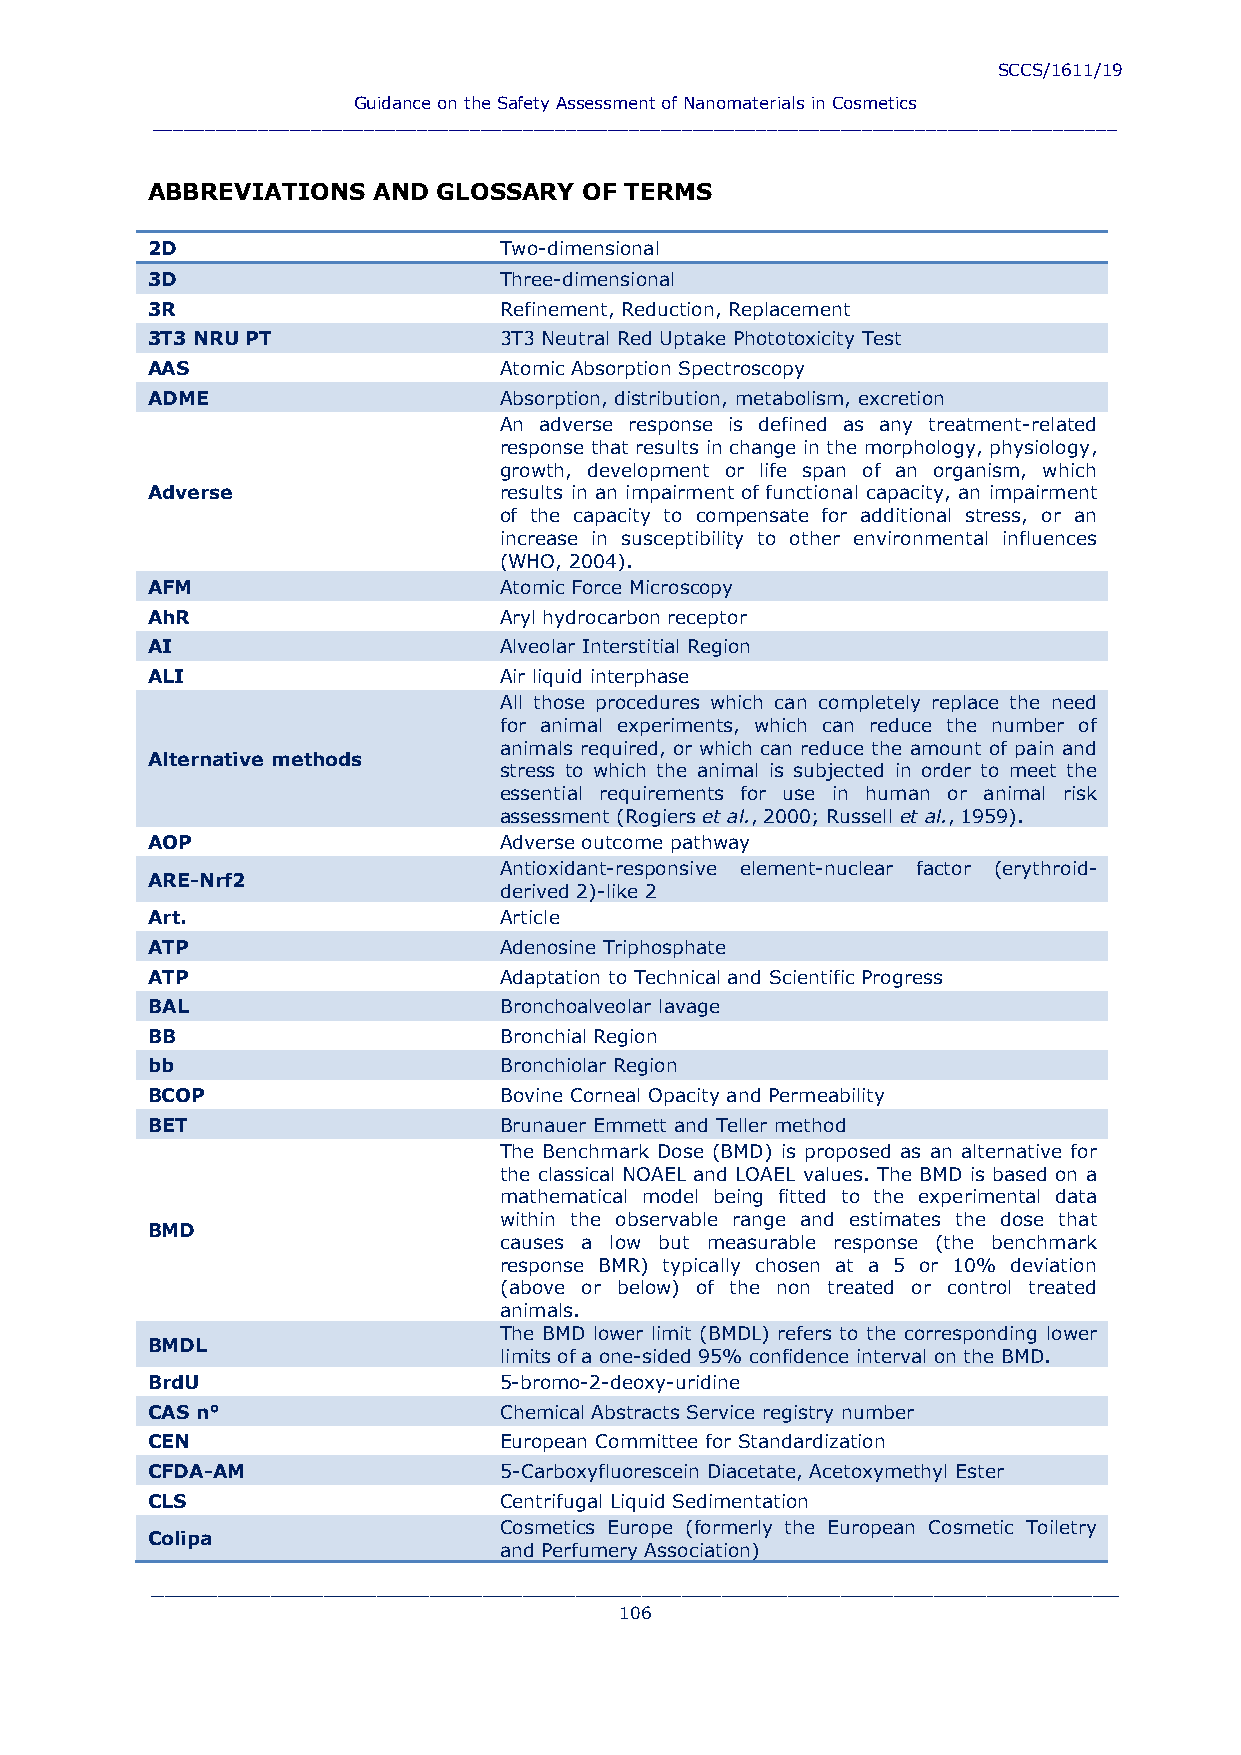
SCCS/1611/19
 Guidance on the Safety Assessment of Nanomaterials in Cosmetics
 ___________________________________________________________________________________________
 ABBREVIATIONS  AND GLOSSARY  OF TERMS
 2D                     Two-dimensional
 3D                     Three-dimensional
 3R                     Refinement, Reduction, Replacement
 3T3 NRU PT             3T3 Neutral Red Uptake Phototoxicity Test
 AAS                    Atomic Absorption Spectroscopy
 ADME                   Absorption, distribution, metabolism, excretion
 An adverse response is defined as any treatment-related
 response that results in change in the morphology, physiology,
 growth, development or life span of an organism, which
 Adverse                results in an impairment of functional capacity, an impairment
 of the capacity to compensate for additional stress, or an
 increase in susceptibility to other environmental influences
 (WHO, 2004).
 AFM                    Atomic Force Microscopy
 AhR                    Aryl hydrocarbon receptor
 AI                     Alveolar Interstitial Region
 ALI                    Air liquid interphase
 All those procedures which can completely replace the need
 for animal experiments, which can reduce the number of
 animals required, or which can reduce the amount of pain and
 Alternative methods
 stress to which the animal is subjected in order to meet the
 essential requirements for use in human or animal risk
 assessment (Rogiers et al., 2000; Russell et al., 1959).
 AOP                    Adverse outcome pathway
 Antioxidant-responsive element-nuclear factor (erythroid-
 ARE-Nrf2
 derived 2)-like 2
 Art.                   Article
 ATP                    Adenosine Triphosphate
 ATP                    Adaptation to Technical and Scientific Progress
 BAL                    Bronchoalveolar lavage
 BB                     Bronchial Region
 bb                     Bronchiolar Region
 BCOP                   Bovine Corneal Opacity and Permeability
 BET                    Brunauer Emmett and Teller method
 The Benchmark Dose (BMD) is proposed as an alternative for
 the classical NOAEL and LOAEL values. The BMD is based on a
 mathematical model being fitted to the experimental data
 within the observable range and estimates the dose that
 BMD
 causes a low but measurable response (the benchmark
 response BMR) typically chosen at a 5 or 10% deviation
 (above or below) of the non treated or control treated
 animals.
 The BMD lower limit (BMDL) refers to the corresponding lower
 BMDL
 limits of a one-sided 95% confidence interval on the BMD.
 BrdU                   5-bromo-2-deoxy-uridine
 CAS n°                 Chemical Abstracts Service registry number
 CEN                    European Committee for Standardization
 CFDA-AM                5-Carboxyfluorescein Diacetate, Acetoxymethyl Ester
 CLS                    Centrifugal Liquid Sedimentation
 Cosmetics Europe (formerly the European Cosmetic Toiletry
 Colipa
 and Perfumery Association)
 _________________________________________________________________________
 106